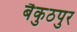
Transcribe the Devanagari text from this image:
बैकुठपुर